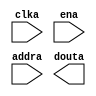
module PillarMainROM(
    input clka,
    input ena,
    input [5:0] addra,
    output [11:0] douta
);
endmodule